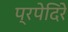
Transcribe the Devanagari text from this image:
प्रपेदिरे